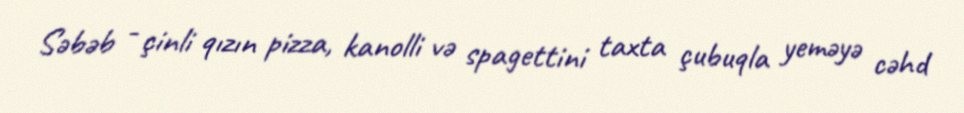
Səbəb - çinli qızın pizza, kanolli və spagettini taxta çubuqla yeməyə cəhd